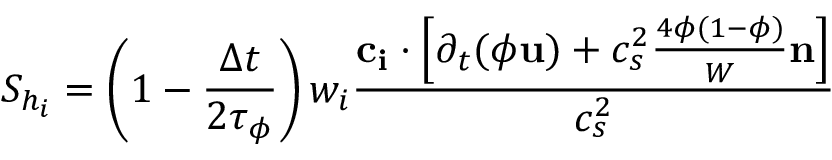
S _ { h _ { i } } = \left( 1 - \frac { \Delta t } { 2 \tau _ { \phi } } \right) w _ { i } \frac { \mathbf { c _ { i } } \cdot \left[ \partial _ { t } ( \phi \mathbf { u } ) + c _ { s } ^ { 2 } \frac { 4 \phi ( 1 - \phi ) } { W } \mathbf { n } \right] } { c _ { s } ^ { 2 } }